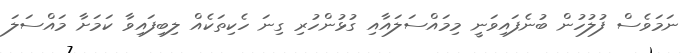
ނަމަވެސް ފުލުހުން ބުނެފައިވަނީ މިމައްސަލައާއި ގުޅުންހުރި ގިނަ ހެކިތަކެއް ލިބިފައިވާ ކަމަށާ މައްސަލަ